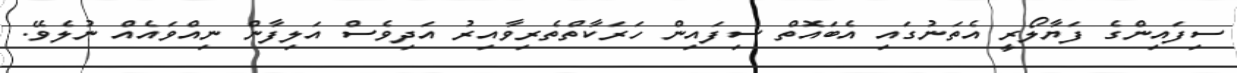
ސިފައިންގެ ފަޔާލޯރީ އެތަނުގައި އެބައޮތް ސިފައިން ހަރަކާތްތެރިވާއިރު އަދިވެސް އަލިފާން ނިއްވައެއް ނުލެވޭ.